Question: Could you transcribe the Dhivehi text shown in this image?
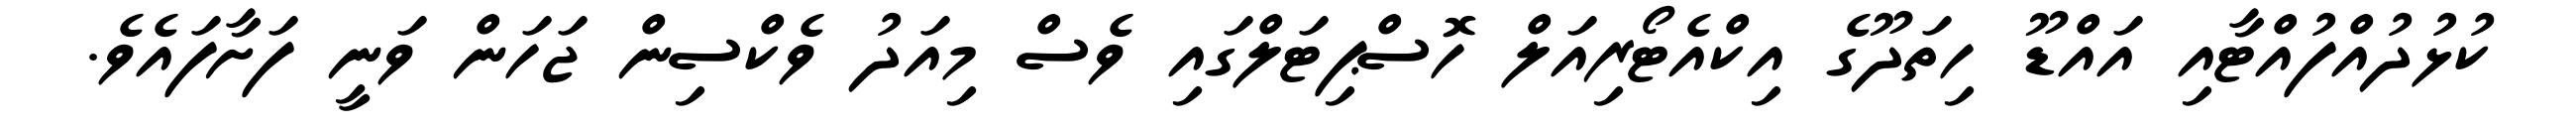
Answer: ކުޅުދުއްފުއްޓާއި އައްޑޫ ހިތަދޫގެ އިކްއެޓޯރިއަލް ހޮސްޕިޓަލްގައި ވެސް މިއަދު ވެކްސިން ޖަހަން ވަނީ ފަށާފައެވެ.